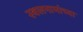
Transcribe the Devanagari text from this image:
स्थलनामांच्या